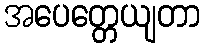
အပေတ္တေယျတာ